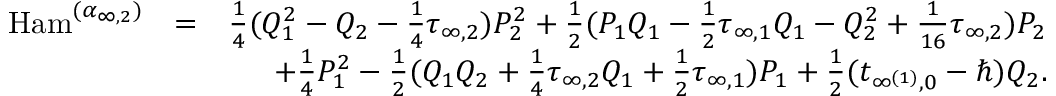
\begin{array} { r l r } { \mathrm { H a m } ^ { ( \boldsymbol { \alpha } _ { { \infty , 2 } } ) } } & { = } & { \frac { 1 } { 4 } ( Q _ { 1 } ^ { 2 } - Q _ { 2 } - \frac { 1 } { 4 } \tau _ { \infty , 2 } ) P _ { 2 } ^ { 2 } + \frac { 1 } { 2 } ( P _ { 1 } Q _ { 1 } - \frac { 1 } { 2 } \tau _ { \infty , 1 } Q _ { 1 } - Q _ { 2 } ^ { 2 } + \frac { 1 } { 1 6 } \tau _ { \infty , 2 } ) P _ { 2 } } \\ & { } & { + \frac { 1 } { 4 } P _ { 1 } ^ { 2 } - \frac { 1 } { 2 } ( Q _ { 1 } Q _ { 2 } + \frac { 1 } { 4 } \tau _ { \infty , 2 } Q _ { 1 } + \frac { 1 } { 2 } \tau _ { \infty , 1 } ) P _ { 1 } + \frac { 1 } { 2 } ( t _ { \infty ^ { ( 1 ) } , 0 } - \hbar ) Q _ { 2 } . } \end{array}